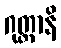
ဂုတ္တာနိ